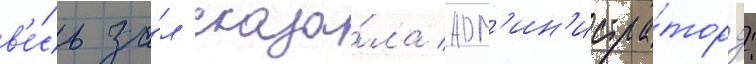
в'е́сь за́л сказа́ла адм'ин'истра́тору: